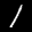
Label: 1